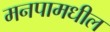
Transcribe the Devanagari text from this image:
मनपामधील